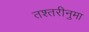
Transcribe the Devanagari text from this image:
तश्तरीनुमा